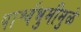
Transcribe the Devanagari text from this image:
पार्श्वभुमीमुळे